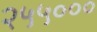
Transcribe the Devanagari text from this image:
२५५०००